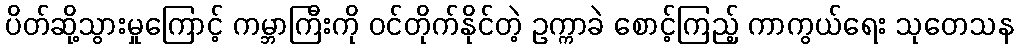
ပိတ်ဆို့သွားမှုကြောင့် ကမ္ဘာကြီးကို ဝင်တိုက်နိုင်တဲ့ ဥက္ကာခဲ စောင့်ကြည့် ကာကွယ်ရေး သုတေသန